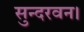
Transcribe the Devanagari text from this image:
सुन्दरवन।